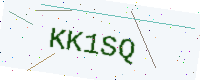
Text: KK1SQ